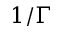
1 / \Gamma